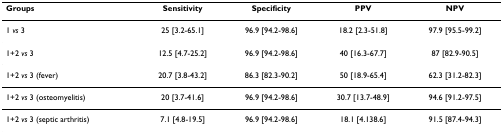
<table><thead><tr><td><b>Groups</b></td><td><b>Sensitivity</b></td><td><b>Specificity</b></td><td><b>PPV</b></td><td><b>NPV</b></td></tr></thead><tbody><tr><td>1 <i>vs </i>3</td><td>25 [3.2-65.1]</td><td>96.9 [94.2-98.6]</td><td>18.2 [2.3-51.8]</td><td>97.9 [95.5-99.2]</td></tr><tr><td>1+2 <i>vs </i>3</td><td>12.5 [4.7-25.2]</td><td>96.9 [94.2-98.6]</td><td>40 [16.3-67.7]</td><td>87 [82.9-90.5]</td></tr><tr><td>1+2 <i>vs </i>3 (fever)</td><td>20.7 [3.8-43.2]</td><td>86.3 [82.3-90.2]</td><td>50 [18.9-65.4]</td><td>62.3 [31.2-82.3]</td></tr><tr><td>1+2 <i>vs </i>3 (osteomyelitis)</td><td>20 [3.7-41.6]</td><td>96.9 [94.2-98.6]</td><td>30.7 [13.7-48.9]</td><td>94.6 [91.2-97.5]</td></tr><tr><td>1+2 <i>vs </i>3 (septic arthritis)</td><td>7.1 [4.8-19.5]</td><td>96.9 [94.2-98.6]</td><td>18.1 [4.138.6]</td><td>91.5 [87.4-94.3]</td></tr></tbody></table>